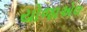
યોજાએલ